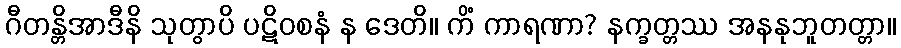
ဂီတန္တိအာဒီနိ သုတွာပိ ပဋိဝစနံ န ဒေတိ။ ကိံ ကာရဏာ? နက္ခတ္တဿ အနနုဘူတတ္တာ။